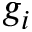
g _ { i }